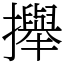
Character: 攑